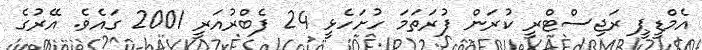
އެމްޑީޕީ ރަޖިސްޓްރީ ކުރަން ފުރަތަމަ ހުށަހެޅީ 24 ފެބްރުއަރީ 2001 ގައެވެ. އޭރުގެ